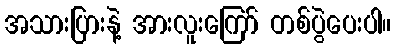
အသားပြားနဲ့ အားလူးကြော် တစ်ပွဲပေးပါ။